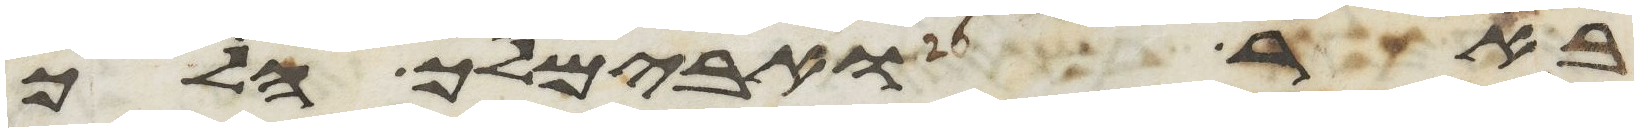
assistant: באר ואבימלך הלך